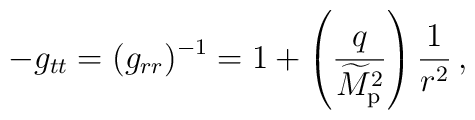
-g_{tt}=(g_{rr})^{-1}=1+\left({q\over\widetilde{M}_{\rm p}^2}\right){1\over r^2}\,,